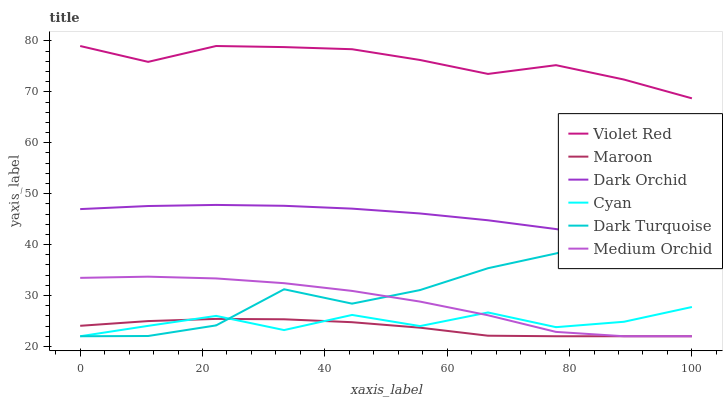
| xaxis_label | Violet Red | Maroon | Dark Orchid | Cyan | Dark Turquoise | Medium Orchid |
 | --- | --- | --- | --- | --- | --- | --- |
 | 0 | 79 | 24.1 | 47 | 22 | 22 | 33.5 |
 | 11.1 | 75.9 | 25 | 47.6 | 24 | 22.1 | 33.7 |
 | 22.2 | 79 | 25.4 | 47.8 | 26 | 24.1 | 33.4 |
 | 33.3 | 78.8 | 25.3 | 47.6 | 23.2 | 31.2 | 32.4 |
 | 44.4 | 78.4 | 24.8 | 47.1 | 26.2 | 28.4 | 30.9 |
 | 55.6 | 76.3 | 23.7 | 46.1 | 24 | 31.1 | 28.8 |
 | 66.7 | 73.5 | 22.1 | 44.8 | 26.7 | 35.4 | 26.1 |
 | 77.8 | 75.2 | 22 | 43.1 | 23.8 | 38.3 | 22.9 |
 | 88.9 | 72.4 | 22 | 40.9 | 24.8 | 41.5 | 22 |
 | 100 | 68.7 | 22 | 38.4 | 27.7 | 38.6 | 22 |